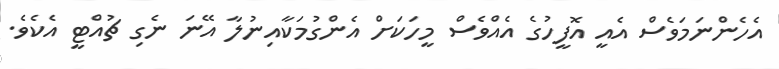
އެހެންނަމަވެސް އެއީ އޮފީހުގެ އެއްވެސް މީހަކަށް އެންގުމަކާއިނުލާ އޭނަ ނެގި ޗުއްޓީ އެކެވެ.